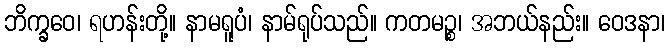
ဘိက္ခဝေ၊ ရဟန်းတို့။ နာမရူပံ၊ နာမ်ရုပ်သည်။ ကတမဉ္စ၊ အဘယ်နည်း။ ဝေဒနာ၊